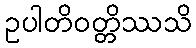
ဥပါတိဝတ္တိဿသိ